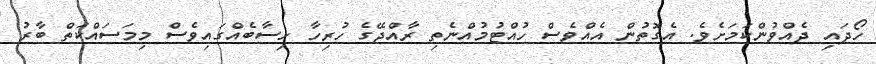
ހޯދައި ދެއްވުންކަމަށެވެ. އެގޮތުން އެއްވެސް ހުއްޓުމުއްނެތި ރާއްޖޭގެ ހުރިހާ ހިސާބެއްގައިވެސް މިމަސައްކަތް ބާރު